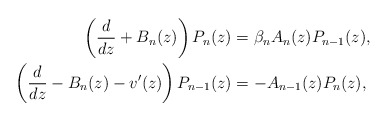
\begin{align*}\begin{aligned} \left(\frac{d}{dz}+B_n(z)\right)P_n(z)&=\beta_n A_n(z)P_{n-1}(z),\\ \left(\frac{d}{dz}-B_n(z)-v'(z)\right)P_{n-1}(z)&=-A_{n-1}(z)P_n(z),\end{aligned}\end{align*}